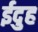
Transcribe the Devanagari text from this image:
ईदुह